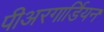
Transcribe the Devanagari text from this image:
पीअरगार्डियन